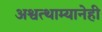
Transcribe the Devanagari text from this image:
अश्वत्थाम्यानेही